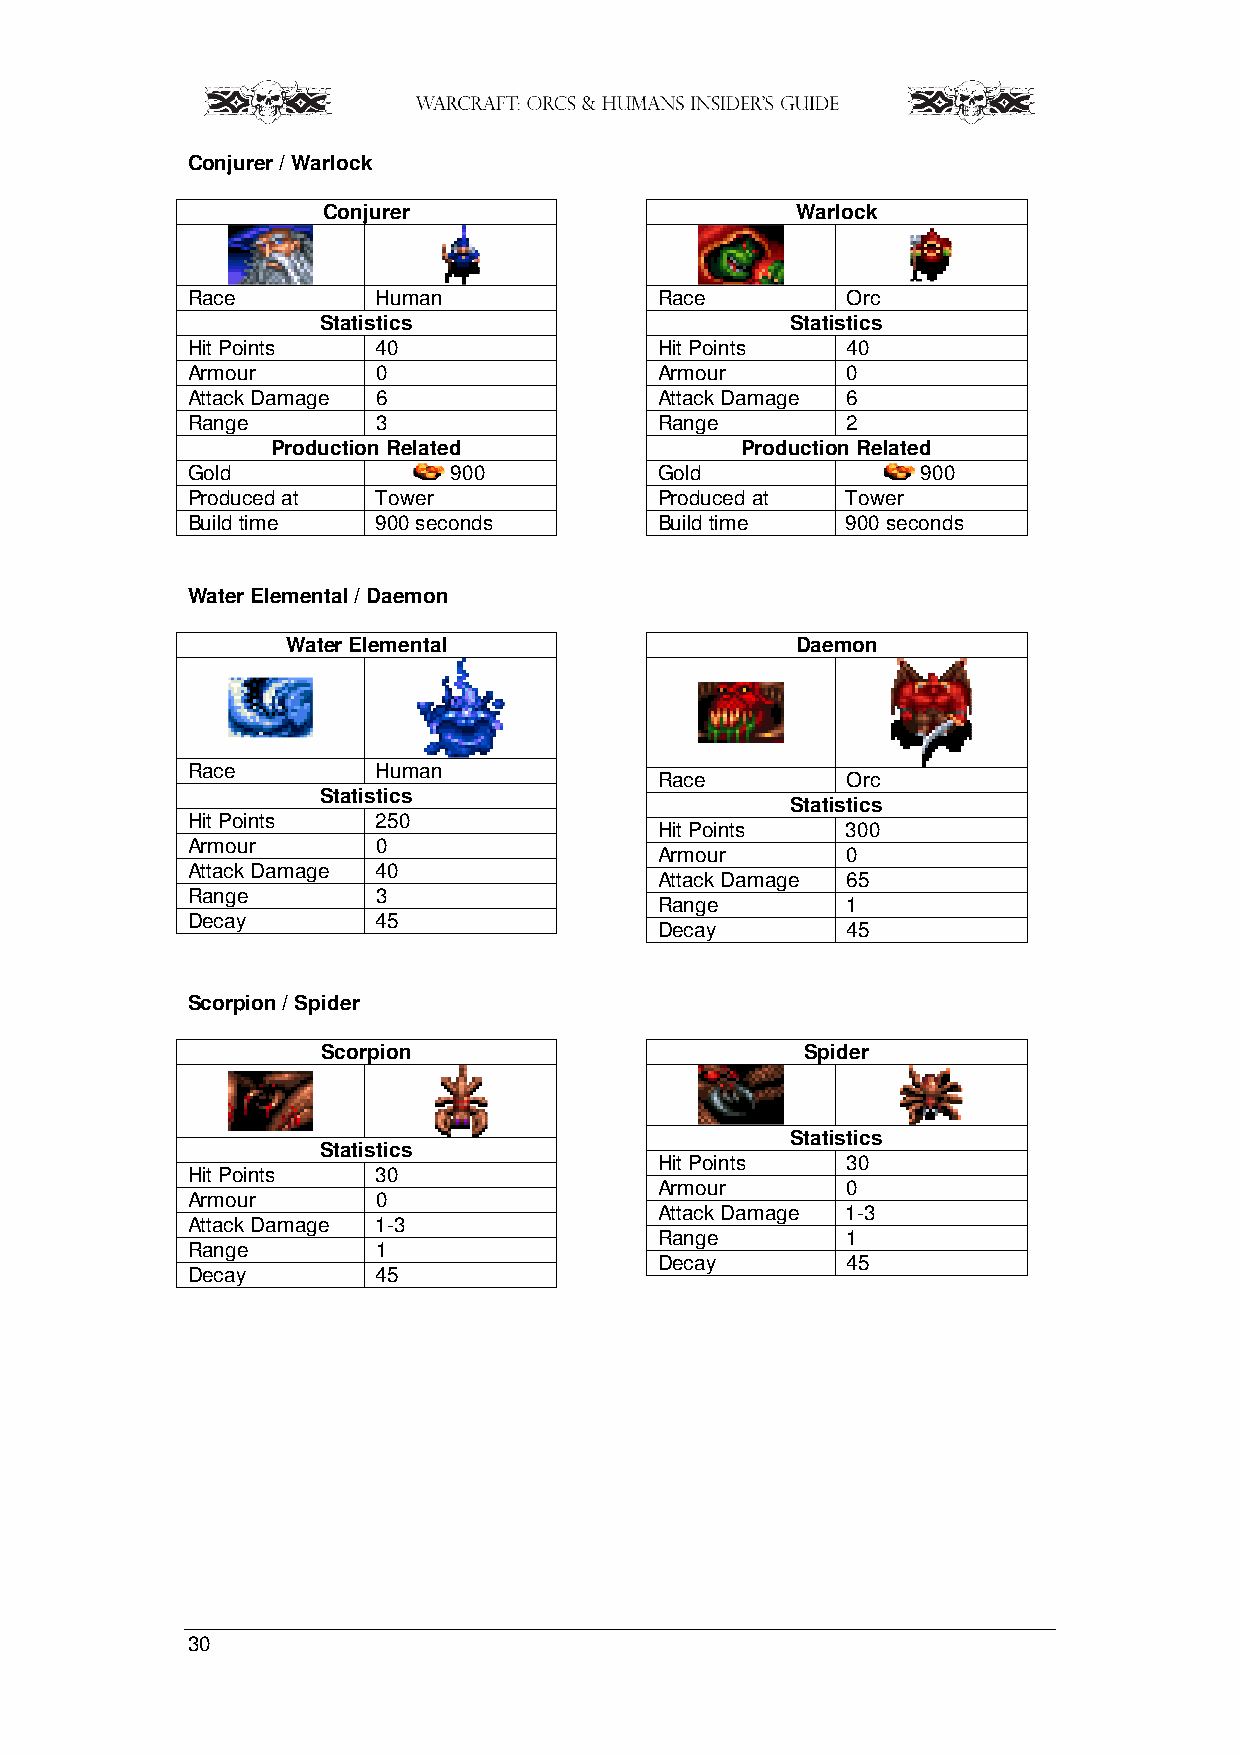
Conjurer / Warlock
 Conjurer                        Warlock
 Race         Human              Race        Orc
 Statistics                     Statistics
 Hit Points   40                 Hit Points  40
 Armour       0                  Armour      0
 Attack Damage 6                 Attack Damage 6
 Range        3                  Range       2
 Production Related             Production Related
 Gold              900           Gold             900
 Produced at  Tower              Produced at Tower
 Build time   900 seconds        Build time  900 seconds
 Water Elemental / Daemon
 Water Elemental                   Daemon
 Race         Human
 Race        Orc
 Statistics
 Statistics
 Hit Points   250
 Hit Points  300
 Armour       0
 Armour      0
 Attack Damage 40
 Attack Damage 65
 Range        3
 Range       1
 Decay        45
 Decay       45
 Scorpion / Spider
 Scorpion                        Spider
 Statistics
 Statistics
 Hit Points  30
 Hit Points   30
 Armour      0
 Armour       0
 Attack Damage 1-3
 Attack Damage 1-3
 Range       1
 Range        1
 Decay       45
 Decay        45
 30